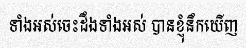
ទាំងអស់ចេះដឹងទាំងអស់ បានខ្ញុំនឹកឃើញ